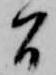
間